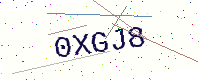
Text: 0XGJ8